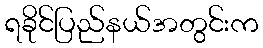
ရခိုင်ပြည်နယ်အတွင်းက